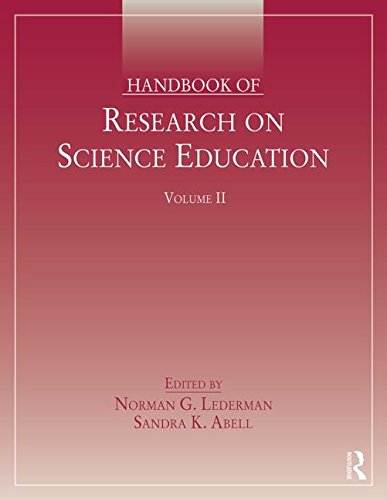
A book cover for Handbook of Research on Science Education, Volume II; Science & Math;